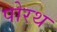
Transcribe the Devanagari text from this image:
पोरथ